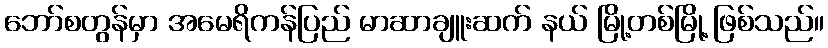
ဘော်စတွန်မှာ အမေရိကန်ပြည် မာဆာချူးဆက် နယ် မြို့တစ်မြို့ ဖြစ်သည်။